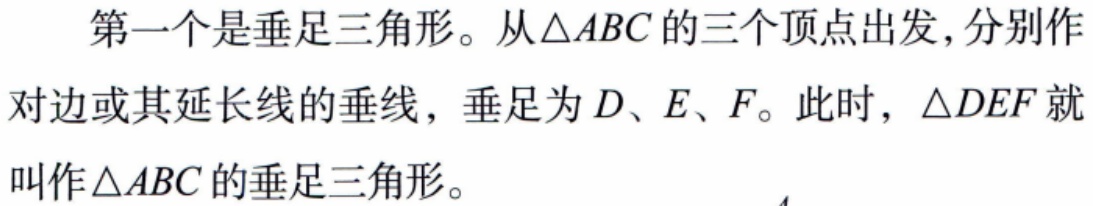
第一个是垂足三角形。从$\triangle ABC$的三个顶点出发,分别作
对边或其延长线的垂线，垂足为$D、E、F$。此时，$\triangle DEF$就
叫作$\triangle ABC$的垂足三角形。